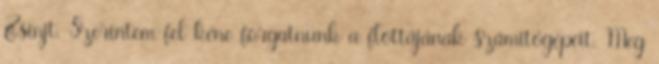
Zsinjt. Szerintem fel kéne forgatnunk a flottájának számítógépeit. Meg